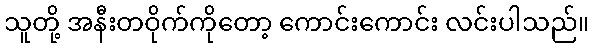
သူတို့ အနီးတဝိုက်ကိုတော့ ကောင်းကောင်း လင်းပါသည်။